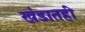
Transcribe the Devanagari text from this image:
खंडातही